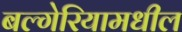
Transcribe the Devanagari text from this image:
बल्गेरियामधील